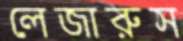
লেজারুস